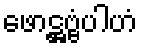
ဖောဋ္ဌဗ္ဗံပါဟံ